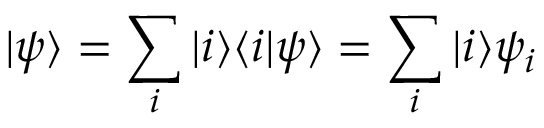
| \psi \rangle = \sum _ { i } | i \rangle \langle i | \psi \rangle = \sum _ { i } | i \rangle \psi _ { i }